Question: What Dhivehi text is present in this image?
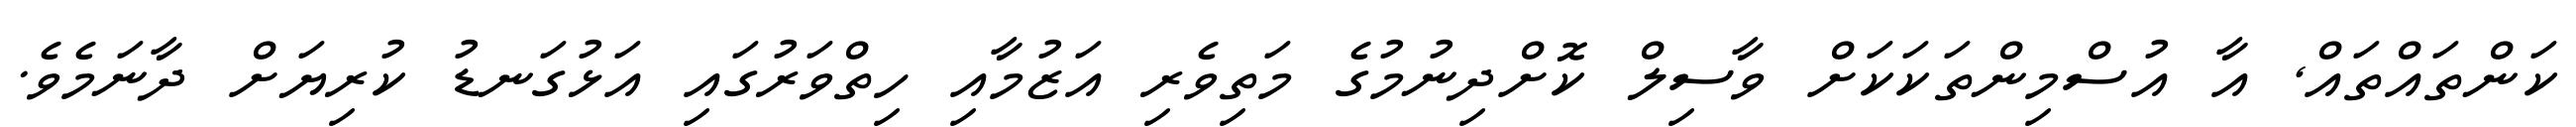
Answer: ކަންތައްތައް, އާ އުސްމިންތަކަކަށް ވާސިލް ކޮށްދިނުމުގެ މަތިވެރި އަޒުމާއި ހިތްވަރުގައި އަޅުގަނޑު ކުރިޔަށް ދާނަމެވެ.